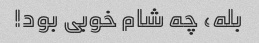
بله، چه شام ​​خوبی بود!